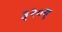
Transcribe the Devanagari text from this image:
३२०ए